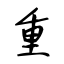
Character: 重